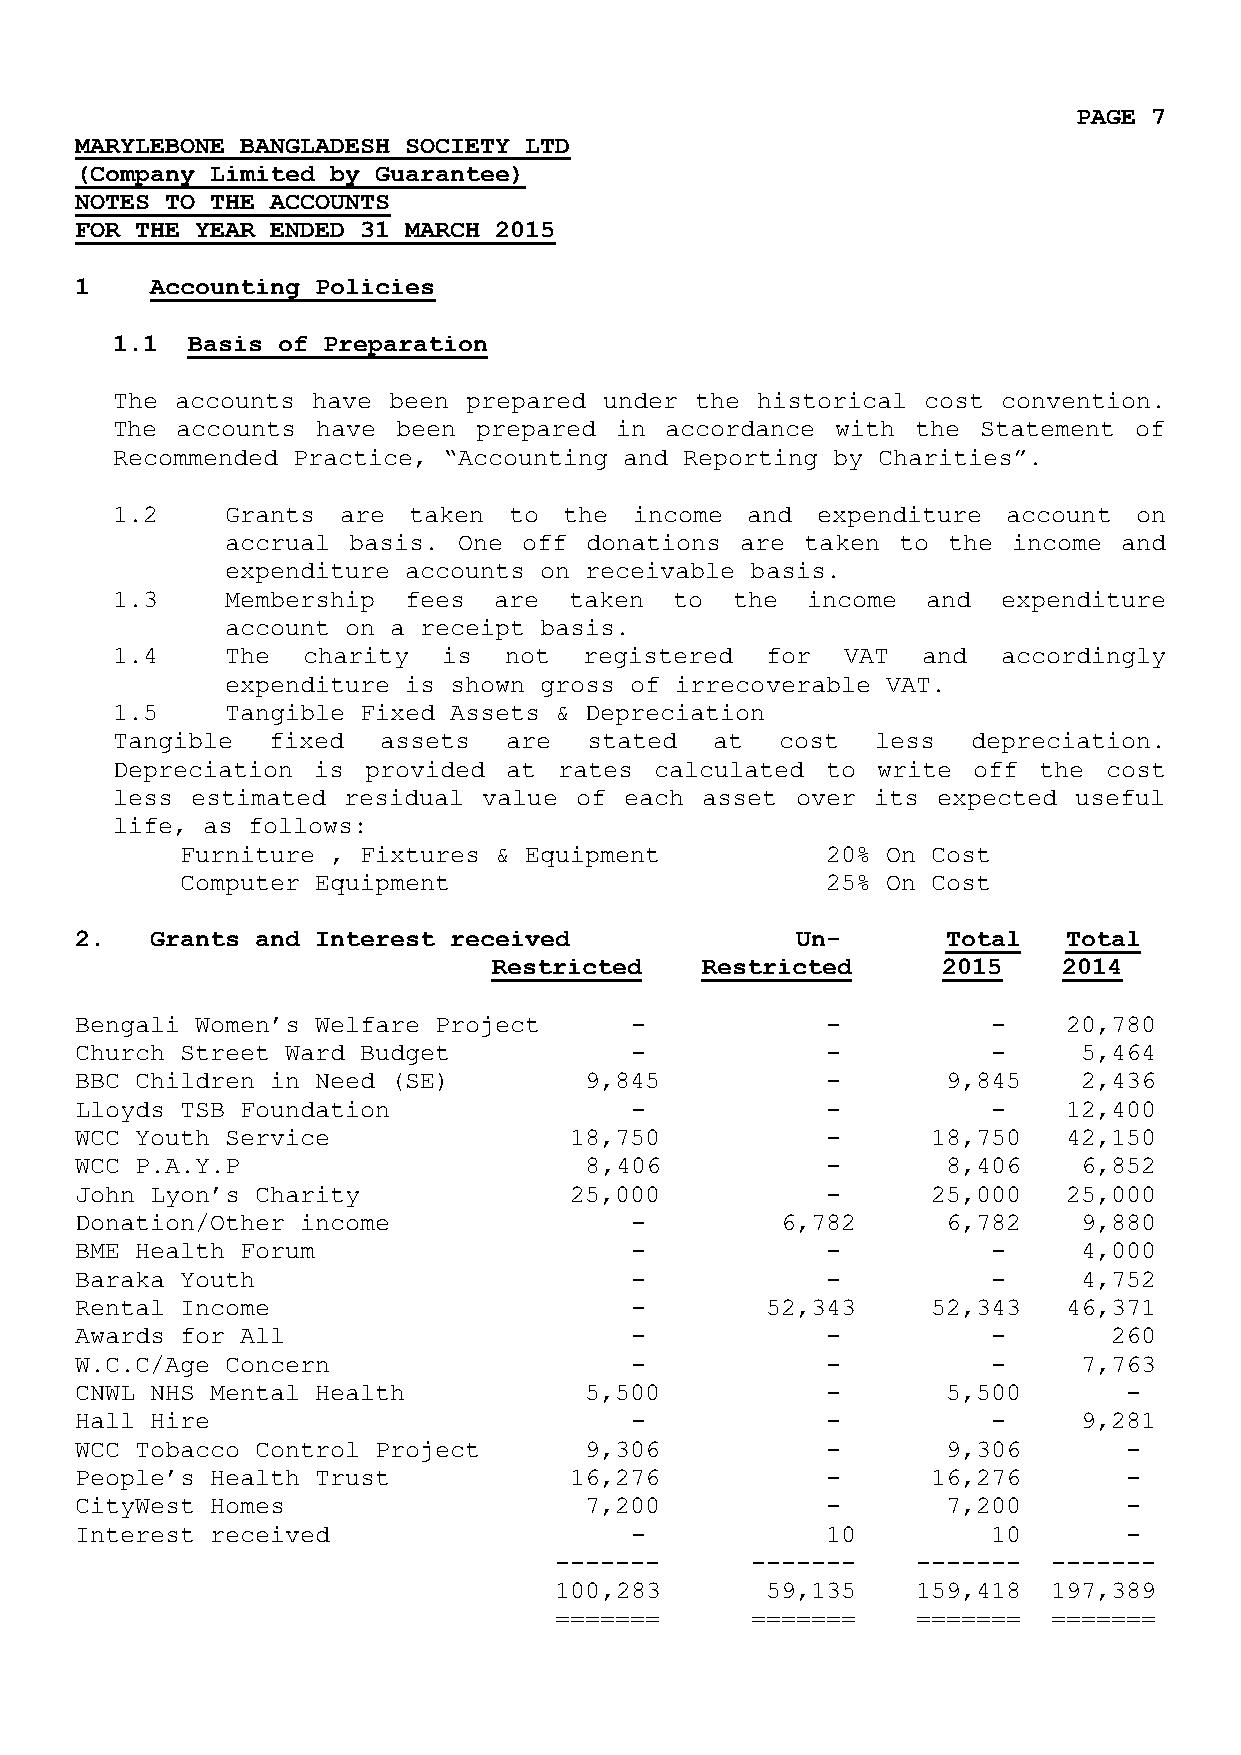
PAGE 7
 MARYLEBONE BANGLADESH SOCIETY LTD
 (Company Limited by Guarantee)
 NOTES TO THE ACCOUNTS
 FOR THE YEAR ENDED 31 MARCH 2015
 1    Accounting Policies
 1.1  Basis of Preparation
 The  accounts have been prepared under the historical cost convention.
 The  accounts have been  prepared in accordance with  the Statement of
 Recommended Practice, “Accounting and Reporting by Charities”.
 1.2     Grants are  taken  to the  income and  expenditure  account on
 accrual basis. One  off donations are taken to  the income and
 expenditure accounts on receivable basis.
 1.3     Membership  fees  are  taken  to the  income  and  expenditure
 account on a receipt basis.
 1.4     The  charity  is  not   registered  for  VAT  and  accordingly
 expenditure is shown gross of irrecoverable VAT.
 1.5     Tangible Fixed Assets & Depreciation
 Tangible   fixed  assets  are   stated  at   cost  less  depreciation.
 Depreciation  is provided  at rates calculated  to write off  the cost
 less  estimated residual value of each asset  over its expected useful
 life, as follows:
 Furniture , Fixtures & Equipment           20% On Cost
 Computer Equipment                         25% On Cost
 2.   Grants and Interest received               Un-       Total   Total
 Restricted   Restricted      2015    2014
 Bengali Women’s Welfare Project      -            -          -    20,780
 Church Street Ward Budget            -            -          -     5,464
 BBC Children in Need (SE)         9,845           -       9,845    2,436
 Lloyds TSB Foundation                -            -          -    12,400
 WCC Youth Service                18,750           -      18,750   42,150
 WCC P.A.Y.P                       8,406           -       8,406    6,852
 John Lyon’s Charity              25,000           -      25,000   25,000
 Donation/Other income                -         6,782      6,782    9,880
 BME Health Forum                     -            -          -     4,000
 Baraka Youth                         -            -          -     4,752
 Rental Income                        -        52,343     52,343   46,371
 Awards for All                       -            -          -       260
 W.C.C/Age Concern                    -            -          -     7,763
 CNWL NHS Mental Health            5,500           -       5,500      -
 Hall Hire                            -            -          -     9,281
 WCC Tobacco Control Project       9,306           -       9,306      -
 People’s Health Trust            16,276           -      16,276      -
 CityWest Homes                    7,200           -       7,200      -
 Interest received                    -            10         10      -
 -------      -------    -------  -------
 100,283       59,135    159,418  197,389
 =======      =======    =======  =======